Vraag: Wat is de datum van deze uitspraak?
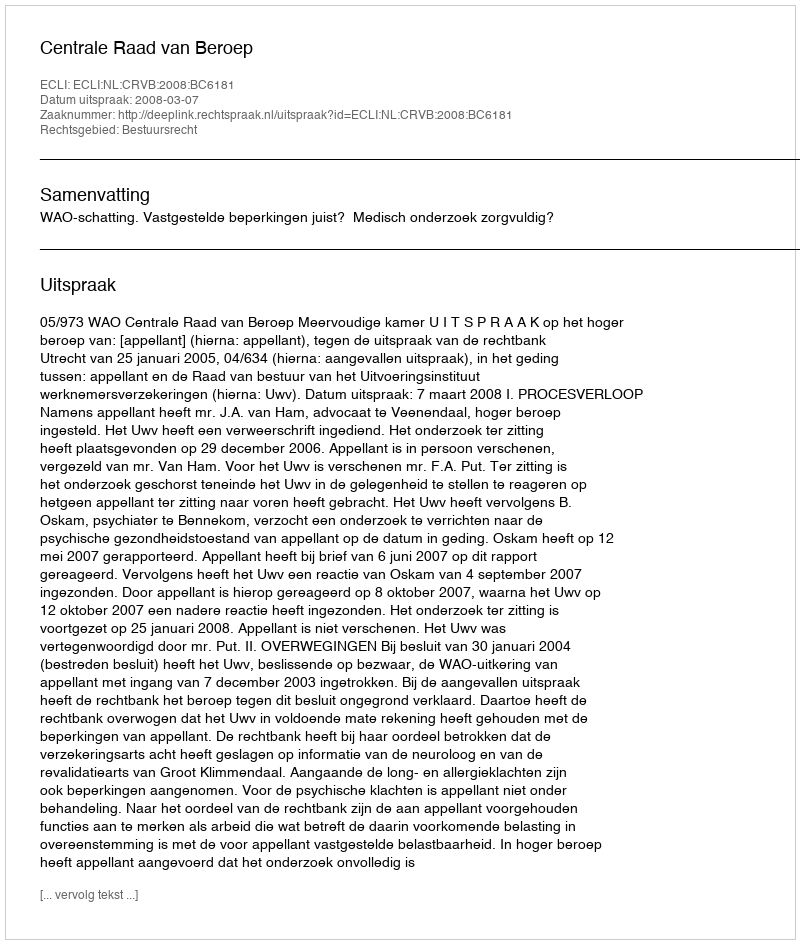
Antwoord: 2008-03-07